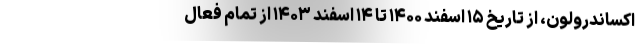
اکساندرولون، از تاریخ ۱۵ اسفند ۱۴۰۰ تا ۱۴ اسفند ۱۴۰۳ از تمام فعال